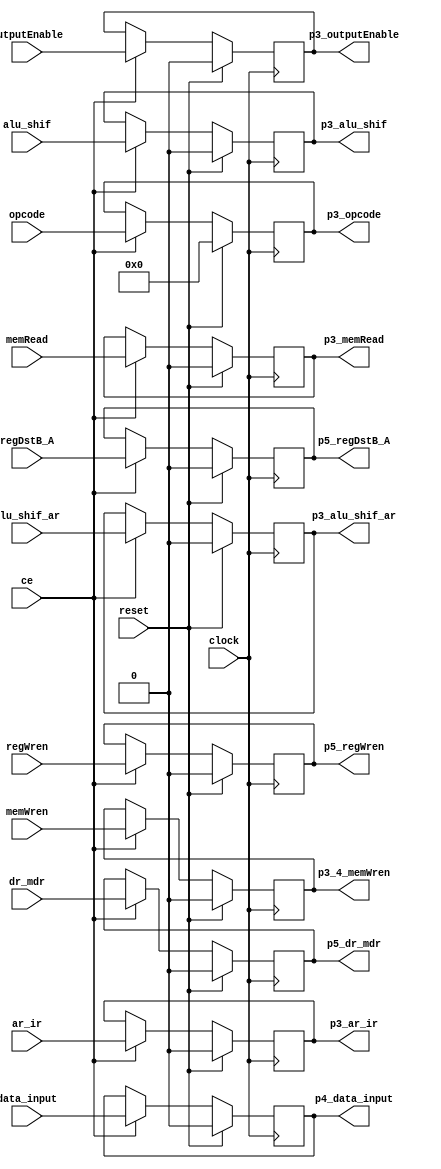
module control3(input clock,reset,ce,//changeEnable
                input memRead,ar_ir,outputEnable,alu_shif,alu_shif_ar,memWren,data_input,regDstB_A,dr_mdr,regWren,
                input [3:0] opcode,
                output reg p3_memRead,p3_ar_ir,p3_outputEnable,p3_alu_shif,p3_alu_shif_ar,p3_4_memWren,p4_data_input,p5_regDstB_A,p5_dr_mdr,p5_regWren,
                output reg [3:0] p3_opcode);
    always @(posedge clock) begin 
		if(reset == 1'b 1)begin
		p3_memRead <= 1'b0;//nop
        p3_opcode <= 4'b0000;
        p3_ar_ir <= 1'b0;
        p3_outputEnable <= 1'b0;
        p3_alu_shif <= 1'b0;
        p3_alu_shif_ar <= 1'b0;
        p3_4_memWren <= 1'b0;
        p4_data_input <= 1'b0;
        p5_regDstB_A <= 1'b0;
        p5_dr_mdr <= 1'b0;
        p5_regWren <= 1'b0;
		end else begin
			if(ce == 1'b1)begin
				p3_memRead <= memRead;
                p3_opcode <= opcode;
                p3_ar_ir <= ar_ir;
                p3_outputEnable <= outputEnable;
                p3_alu_shif <= alu_shif;
                p3_alu_shif_ar <= alu_shif_ar;
                p3_4_memWren <= memWren;
                p4_data_input <= data_input;
                p5_regDstB_A <= regDstB_A;
                p5_dr_mdr <= dr_mdr;
                p5_regWren <= regWren;
			end
		end
	end
endmodule